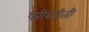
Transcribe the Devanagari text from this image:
परीस्तीती